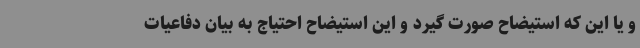
و یا این که استیضاح صورت گیرد و این استیضاح احتیاج به بیان دفاعیات